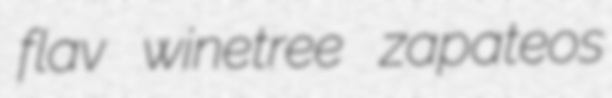
flav winetree zapateos